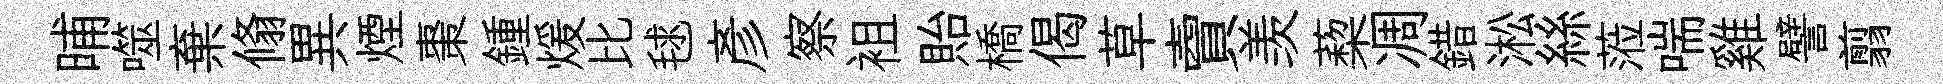
晡噬棄翛異煙棗鍾煖比毬彦察袓貽橋偈草𧶠羡蔾凋錯淞絲蒞喘雞譬翦